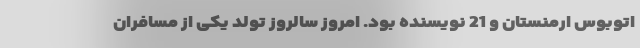
اتوبوس ارمنستان و 21 نویسنده بود. امروز سالروز تولد یکی از مسافران